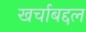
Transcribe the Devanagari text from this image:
खर्चाबद्दल